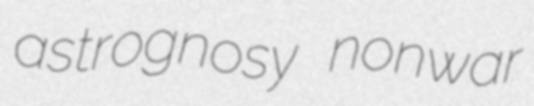
astrognosy nonwar